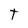
Character: t